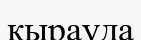
қырауда